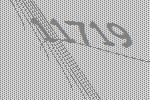
11719